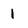
Character: I